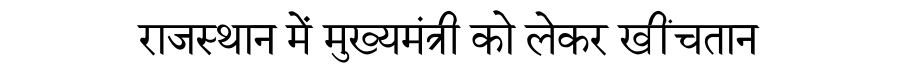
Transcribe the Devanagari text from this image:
राजस्थान में मुख्यमंत्री को लेकर खींचतान